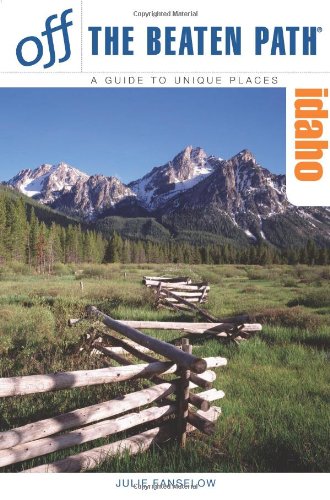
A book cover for Idaho Off the Beaten PathÂ®, 7th (Off the Beaten Path Series); Julie Fanselow; Travel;